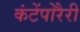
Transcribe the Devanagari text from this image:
कंटेंपोरैरी